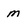
Character: m